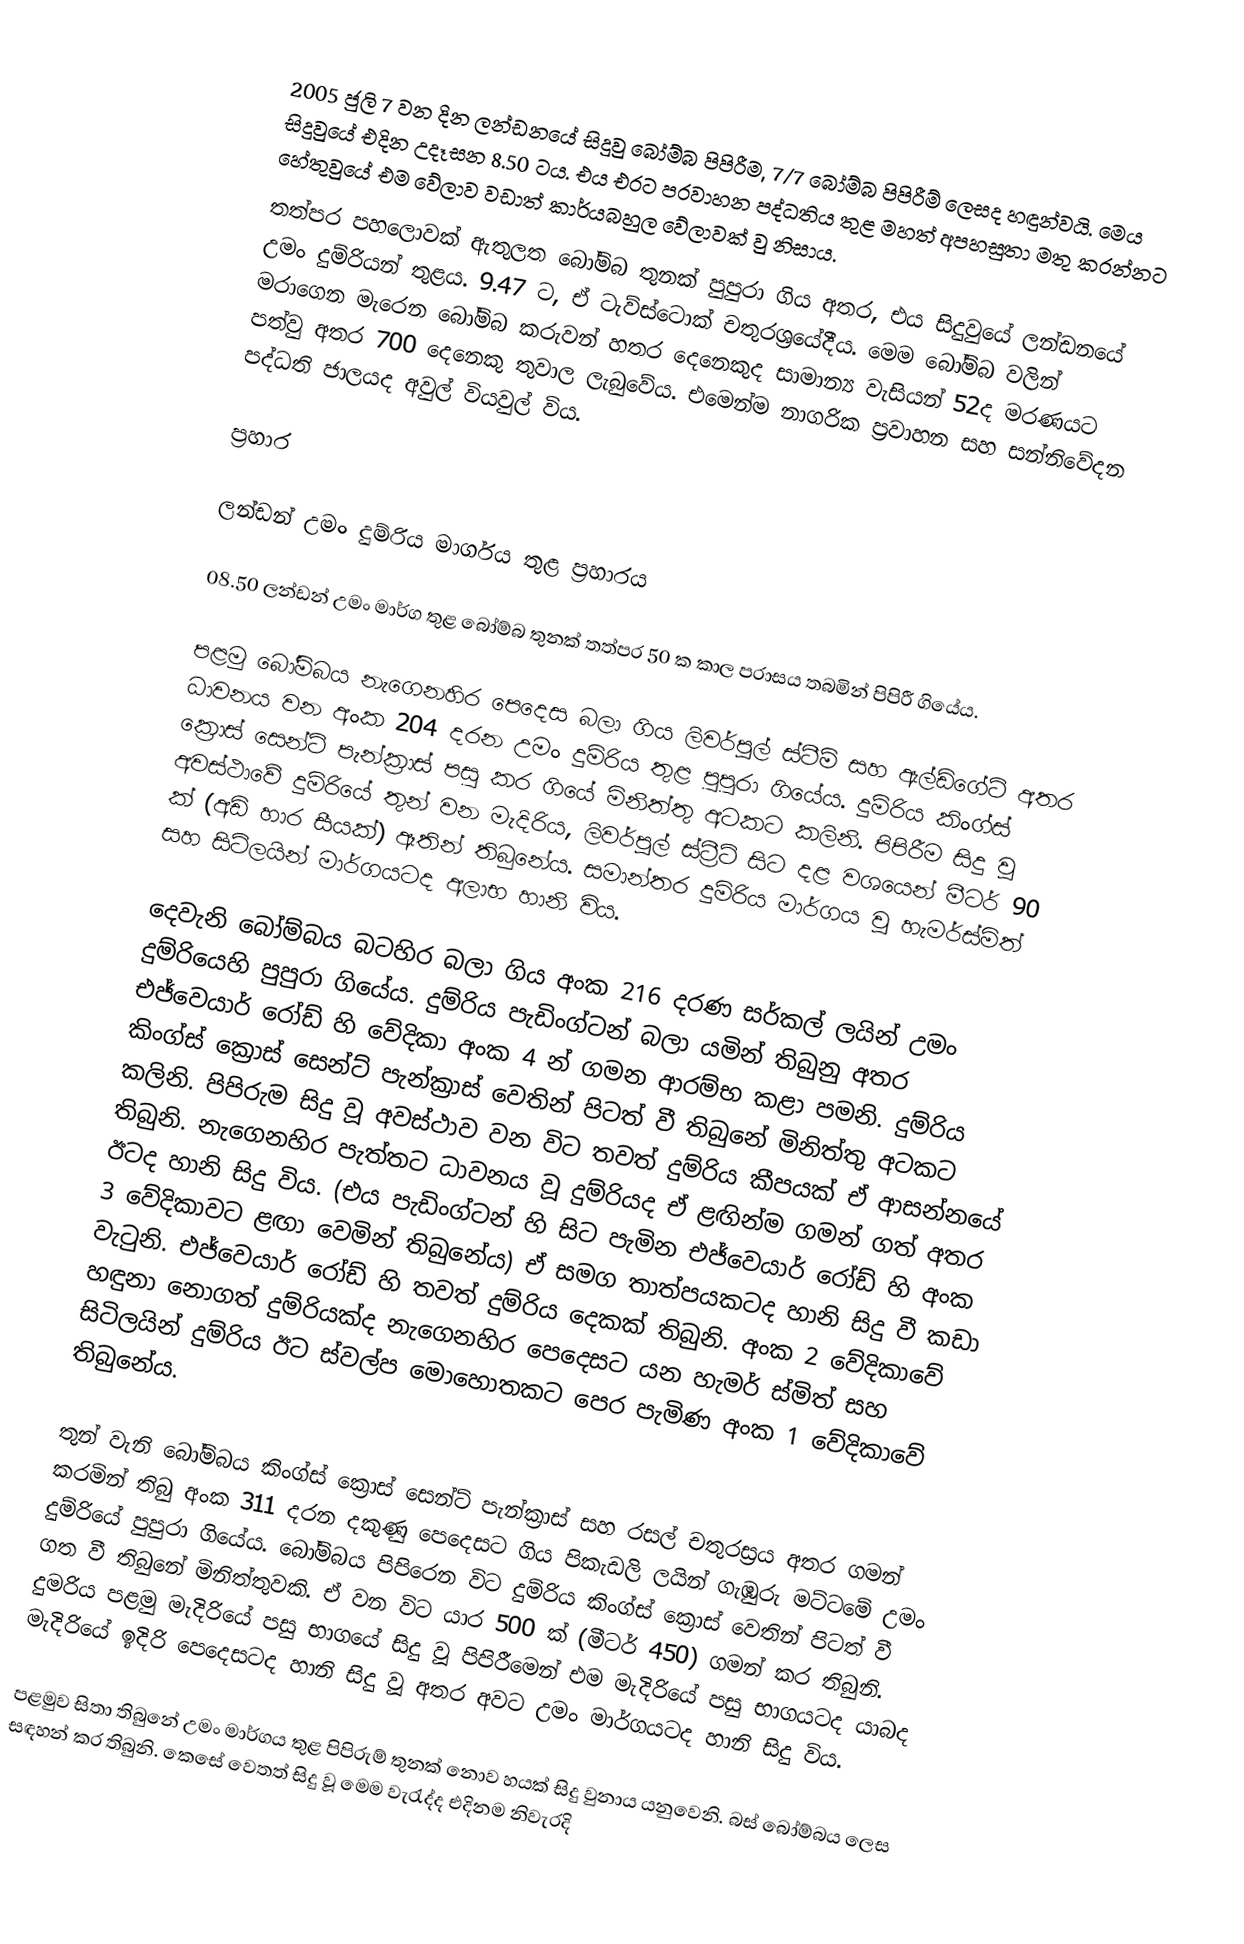
2005 ජුලි 7 වන දින ලන්ඩනයේ සිදුවු බෝම්බ පිපිරීම, 7/7 බෝම්බ පිපිරීම් ලෙසද හඳුන්වයි. මෙය සිදුවුයේ එදින උදෑසන 8.50 ටය. එය එරට ප‍්‍රවාහන පද්ධතිය තුළ මහත් අපහසුතා මතු කරන්නට හේතුවුයේ එම වේලාව වඩාත් කාර්යබහුල වේලාවක් වු නිසාය.
තත්පර පහලොවක් ඇතුලත බෝම්බ තුනක් පුපුරා ගිය අතර, එය සිදුවුයේ ලන්ඩනයේ උමං දුම්රියන් තුළය. 9.47 ට, ඒ ටැව්ස්ටොක් චතුරශ‍්‍රයේදීය. මෙම බෝම්බ වලින් මරාගෙන මැරෙන බෝම්බ කරුවන් හතර දෙනෙකුද සාමාන්‍ය වැසියන් 52ද මරණයට පත්වු අතර 700 දෙනෙකු තුවාල ලැබුවේය. එමෙන්ම නාගරික ප‍්‍රවාහන සහ සන්නිවේදන පද්ධති ජාලයද අවුල් වියවුල් විය.

ප්‍රහාර

ලන්ඩන් උමං දුම්රිය මාර්ගය තුළ ප්‍රහාරය

08.50 ලන්ඩන් උමං මාර්ග තුළ බෝම්බ තුනක් තත්පර 50 ක කාල පරාසය තබමින් පිපිරී ගියේය.

	පළමු බෝම්බය නැගෙනහිර පෙදෙස බලා ගිය ලිවර්පූල් ස්ටීම් සහ ඇල්ඩ්ගේට් අතර ධාවනය වන අංක 204 දරන උමං දුම්රිය තුළ පුපුරා ගියේය. දුම්රිය කිංග්ස් ක්‍රොස් සෙන්ට් පැන්ක්‍රාස් පසු කර ගියේ මිනිත්තු අටකට කලිනි. පිපිරීම සිදු වූ අවස්ථාවේ දුම්රියේ තුන් වන මැදිරිය, ලිවර්පූල් ස්ට්‍රීට් සිට දළ වශයෙන් මීටර් 90 ක් (අඩි හාර සීයක්) ඈතින් තිබුනේය. සමාන්තර දුම්රිය මාර්ගය වූ හැමර්ස්මිත් සහ සිටිලයින් මාර්ගයටද අලාභ හානි විය.

	දෙවැනි බෝම්බය බටහිර බල‍ා ගිය අංක 216 දරණ සර්කල් ලයින් උමං දුම්රියෙහි පුපුරා ගියේය. දුම්රිය පැඩිංග්ටන් බලා යමින් තිබුනු අතර එජ්වෙයාර් රෝඩ් හි වේදිකා අංක 4 න් ගමන ආරම්භ කළා පමනි. දුම්රිය කිංග්ස් ක්‍රොස් සෙන්ට් පැන්ක්‍රාස් වෙතින් පිටත් වී තිබුනේ මිනිත්තු අ‍ටකට කලිනි. පිපිරුම සිදු වූ අවස්ථාව වන විට තවත් දුම්රිය කීපයක් ඒ ආසන්නයේ තිබුනි. නැගෙනහිර පැත්තට ධාවනය වූ දුම්රියද ඒ ළඟින්ම ගමන් ගත් අතර ඊටද හානි සිදු විය. (එය පැඩිංග්ටන් හි සිට පැමින එජ්වෙයාර් රෝඩ් හි අංක 3 වේදිකාවට ළඟා වෙමින් තිබුනේය) ඒ සමග තාත්පයකටද හානි සිදු වී කඩා වැටුනි. එජ්වෙයාර් රෝඩ් හි තවත් දුම්රිය දෙකක් තිබුනි. අංක 2 වේදිකාවේ හඳුනා නොගත් දුම්රියක්ද නැගෙනහිර පෙදෙසට යන හැමර් ස්මිත් සහ සිටිලයින් දුම්රිය ඊට ස්වල්ප මොහොතකට පෙර පැමිණ අංක 1 වේදිකාවේ තිබුනේය.

	තුන් වැනි බෝම්බය කිංග්ස් ක්‍රොස් සෙන්ට් පැන්ක්‍රාස් සහ රසල් චතුරස්‍රය අතර ගමන් කරමින් තිබු අංක 311 දරන දකුණු පෙදෙසට ගිය පිකැඩලි ලයින් ගැඹුරු මට්ටමේ උමං දුම්රියේ පුපුරා ගියේය. බෝම්බය පිපිරෙන විට දුම්රිය කිංග්ස් ක්‍රොස් වෙතින් පිටත් වී ගත වී තිබුනේ මිනිත්තුවකි. ඒ වන විට යාර 500 ක් (මීටර් 450) ගමන් කර තිබුනි. දුමරිය පළමු මැදිරියේ පසු භාගයේ සිදු වූ පිපිරීමෙන් එම මැදිරියේ පසු භාගයටද යාබද මැදිරියේ ඉදිරි පෙදෙසටද හානි සිදු වූ අතර අවට උමං මාර්ගයටද හානි සිදු විය.

පළමුව සිතා තිබුනේ උමං මාර්ගය තුළ පිපිරුම් තුනක් නොව හයක් සිදු වුනාය යනුවෙනි. බස් බෝම්බය ලෙස සඳහන් කර තිබුනි. කෙසේ වෙතත් සිදු වූ මෙම වැරැද්ද එදිනම නිවැරදි